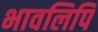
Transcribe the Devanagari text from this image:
भावलिपि